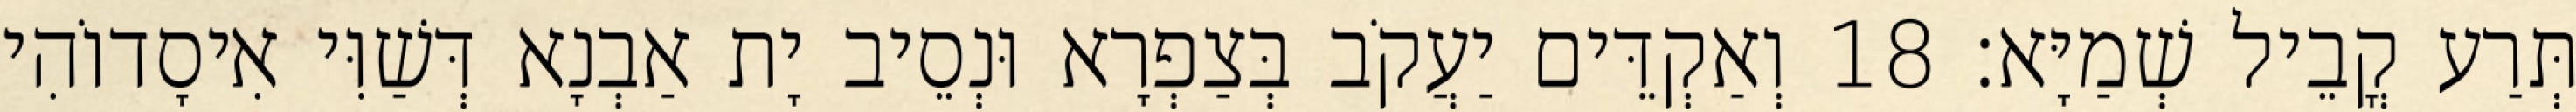
תְּרַע קֳבֵיל שְׁמַיָּא׃ 18 וְאַקְדֵּים יַעֲקֹב בְּצַפְרָא וּנְסֵיב יָת אַבְנָא דְּשַׁוִּי אִיסָדוֹהִי